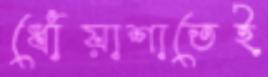
ধোঁয়াশাতেই